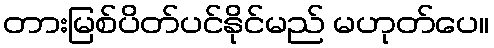
တားမြစ်ပိတ်ပင်နိုင်မည် မဟုတ်ပေ။